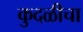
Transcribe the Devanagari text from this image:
कुदळीचा